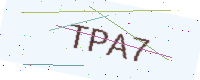
Text: TPA7